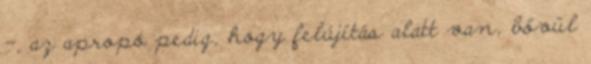
-, az apropó pedig, hogy felújítás alatt van, bővül